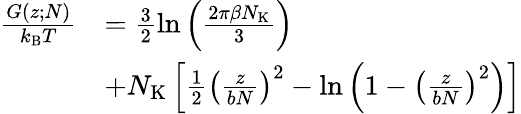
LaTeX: \begin{array}{rl}{\frac{G(z;N)}{k_{\mathrm{B}}T}}&{=\frac{3}{2}\ln\left(\frac{2\pi\beta N_{\mathrm{K}}}{3}\right)}\\ &{+N_{\mathrm{K}}\left[\frac{1}{2}\left(\frac{z}{bN}\right)^{2}-\ln\left(1-\left(\frac{z}{bN}\right)^{2}\right)\right]}\end{array}